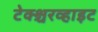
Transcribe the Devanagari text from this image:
टेक्श्चरव्हाइट